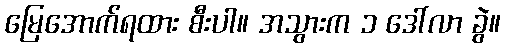
မြေအောက်ရထား စီးပါ။ အသွားက ၁ ဒေါ်လာ ခွဲ။